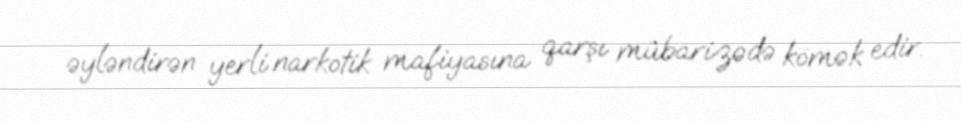
əyləndirən yerli narkotik mafiyasına qarşı mübarizədə kömək edir.